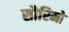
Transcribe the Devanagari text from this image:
सौरिमो